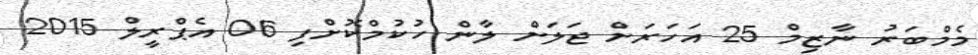
މެމްބަރު ނާޒިމް 25 އަހަރަށް ޖަލަށް ލާން ހުކުމްކޮށްފި 06 އެޕްރީލް 2015